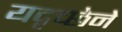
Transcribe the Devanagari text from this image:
यदृच्छेने